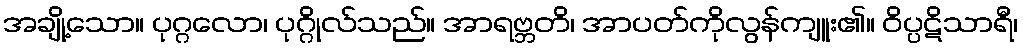
အချို့သော။ ပုဂ္ဂလော၊ ပုဂ္ဂိုလ်သည်။ အာရဗ္ဘတိ၊ အာပတ်ကိုလွန်ကျူး၏။ ဝိပ္ပဋိသာရီ၊